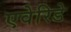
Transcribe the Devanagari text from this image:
एवेरिडे